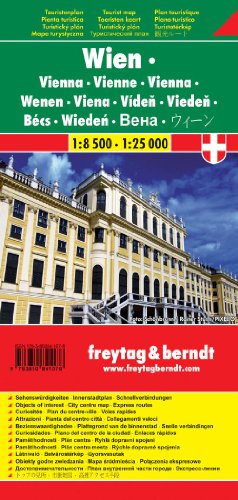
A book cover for Vienna, Complete Map; Freytag-Berndt und Artaria; Travel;